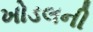
ખોડલની